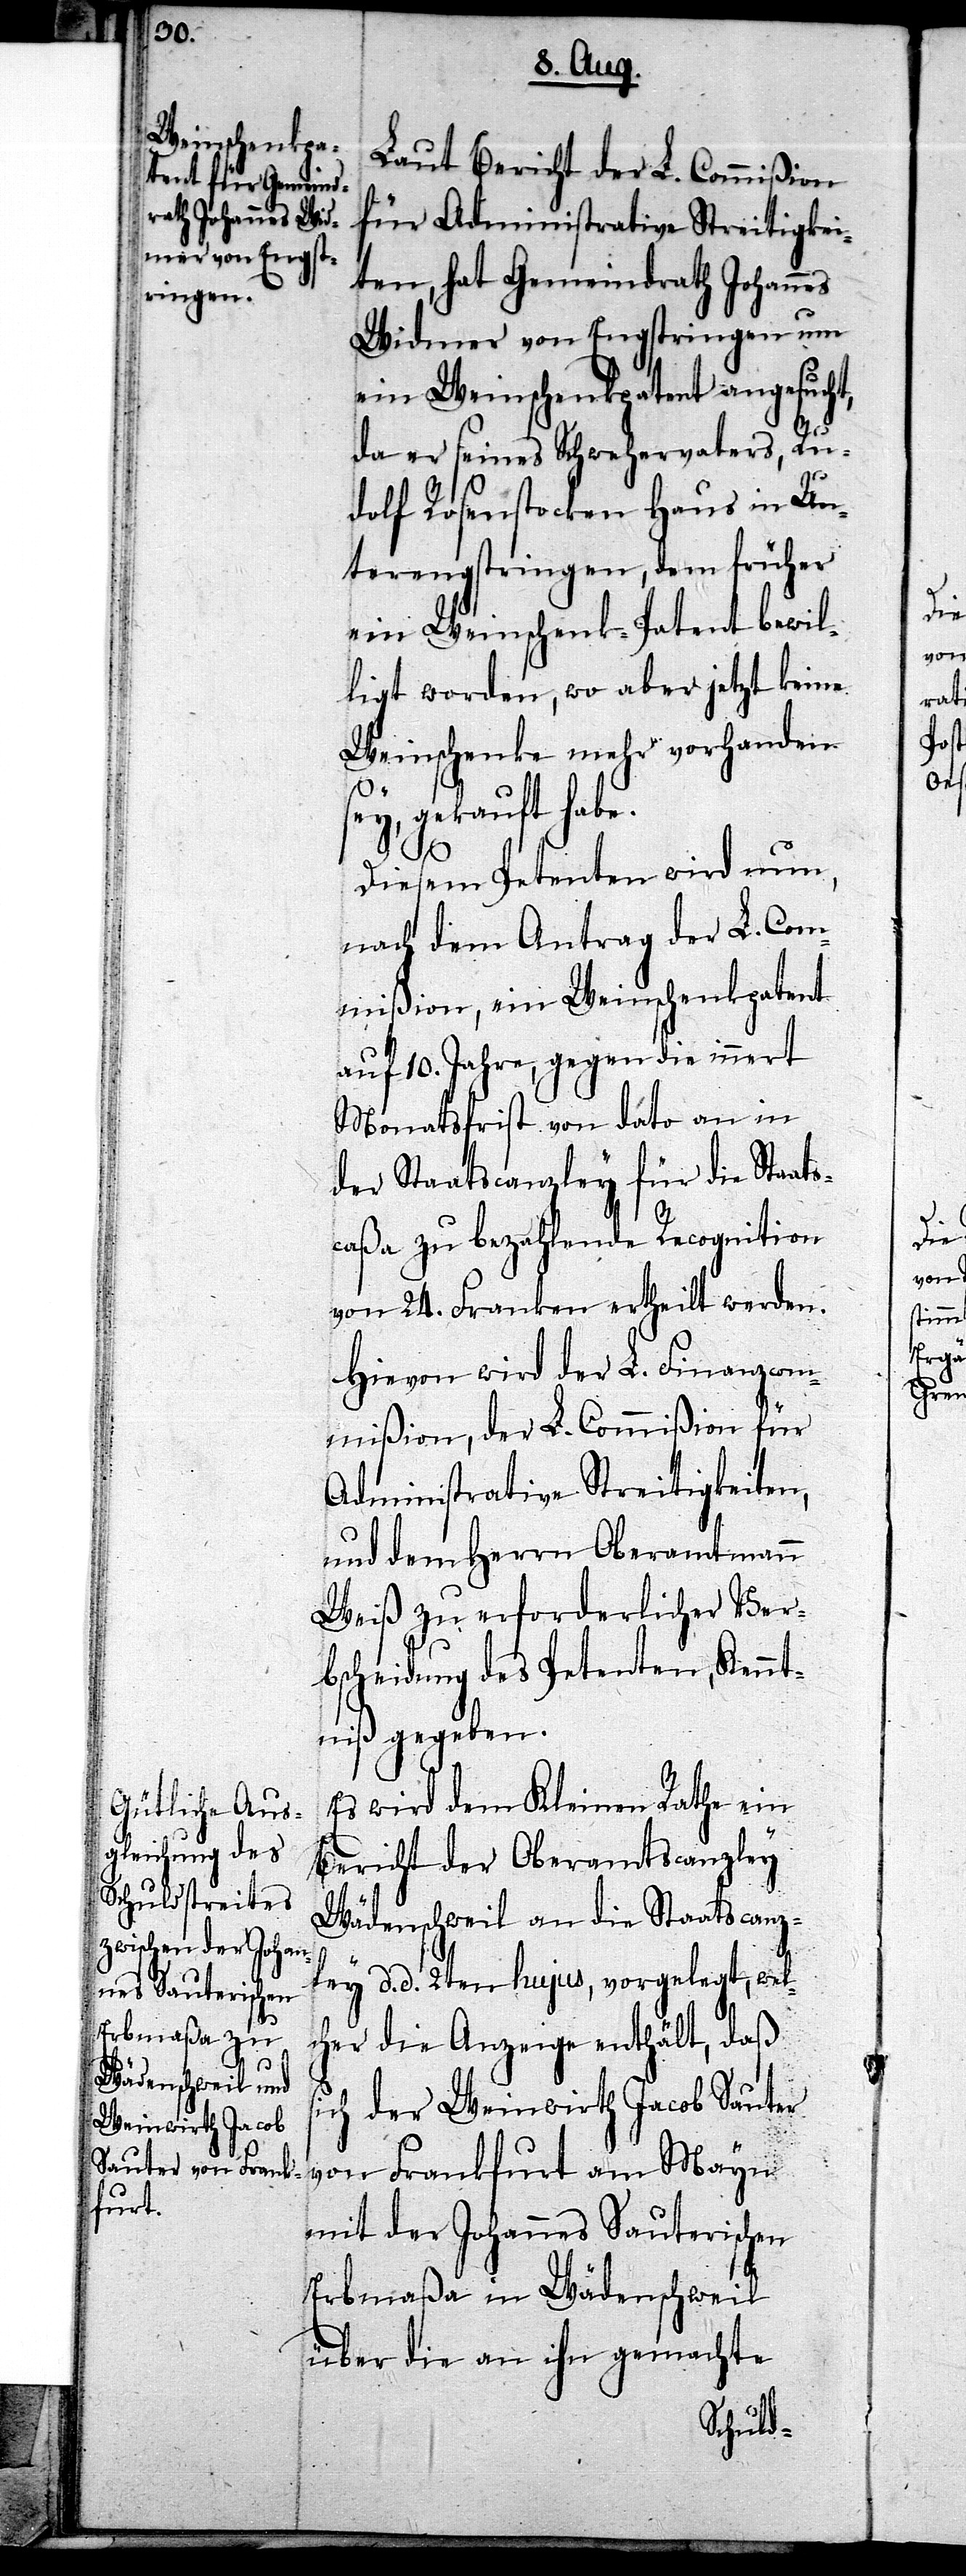
s¬

Laut Bericht der L. Commißion
für Administrative Streitigkei¬
ten, hat Gemeindrath Johannes
Widmer von Engstringen um
ein Weinschenkpatent angesucht,
da er seines Schwehervaters, Ru¬
dolf Rosenstocken Haus in Un¬
terengstringen, dem früher
ein Weinschenk-Patent bewil¬
ligt worden, wo aber jetzt keine
Weinschenke mehr vorhanden
ey, gekauft habe.
Diesem Petenten wird nun,
nach dem Antrag der L. Com¬
mißion, ein Weinschenkpatent
auf 10. Jahre, gegen die innert
Monatsfrist von dato an in
der Staastcanzley für die Staat¬
caßa zu bezahlende Recognition
von 24. Franken ertheilt werden.
Hievon wird der L. Finanzcom¬
mißion, der L. Commißion für
Administrative Streitigkeiten,
und dem Herrn Oberamtmann
Weiß zu erforderlicher Ver¬
bscheidung des Petenten, Kennt¬
niß gegeben.
Es wird dem Kleinen Rathe ein
Bericht der Oberamtscanzley
Wädenschweil an die Staatscanz¬
ley d. d. 2ten hujus, vorgelegt, wel¬
cher die Anzeige enthält, daß
ich der Weinwirth Jacob Sauter
von Frankfurt am Mayn
mit der Johannes Sauterischen
Erbmaßa in Wädenschweil
über die an ihn gemachte